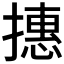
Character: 𢴥